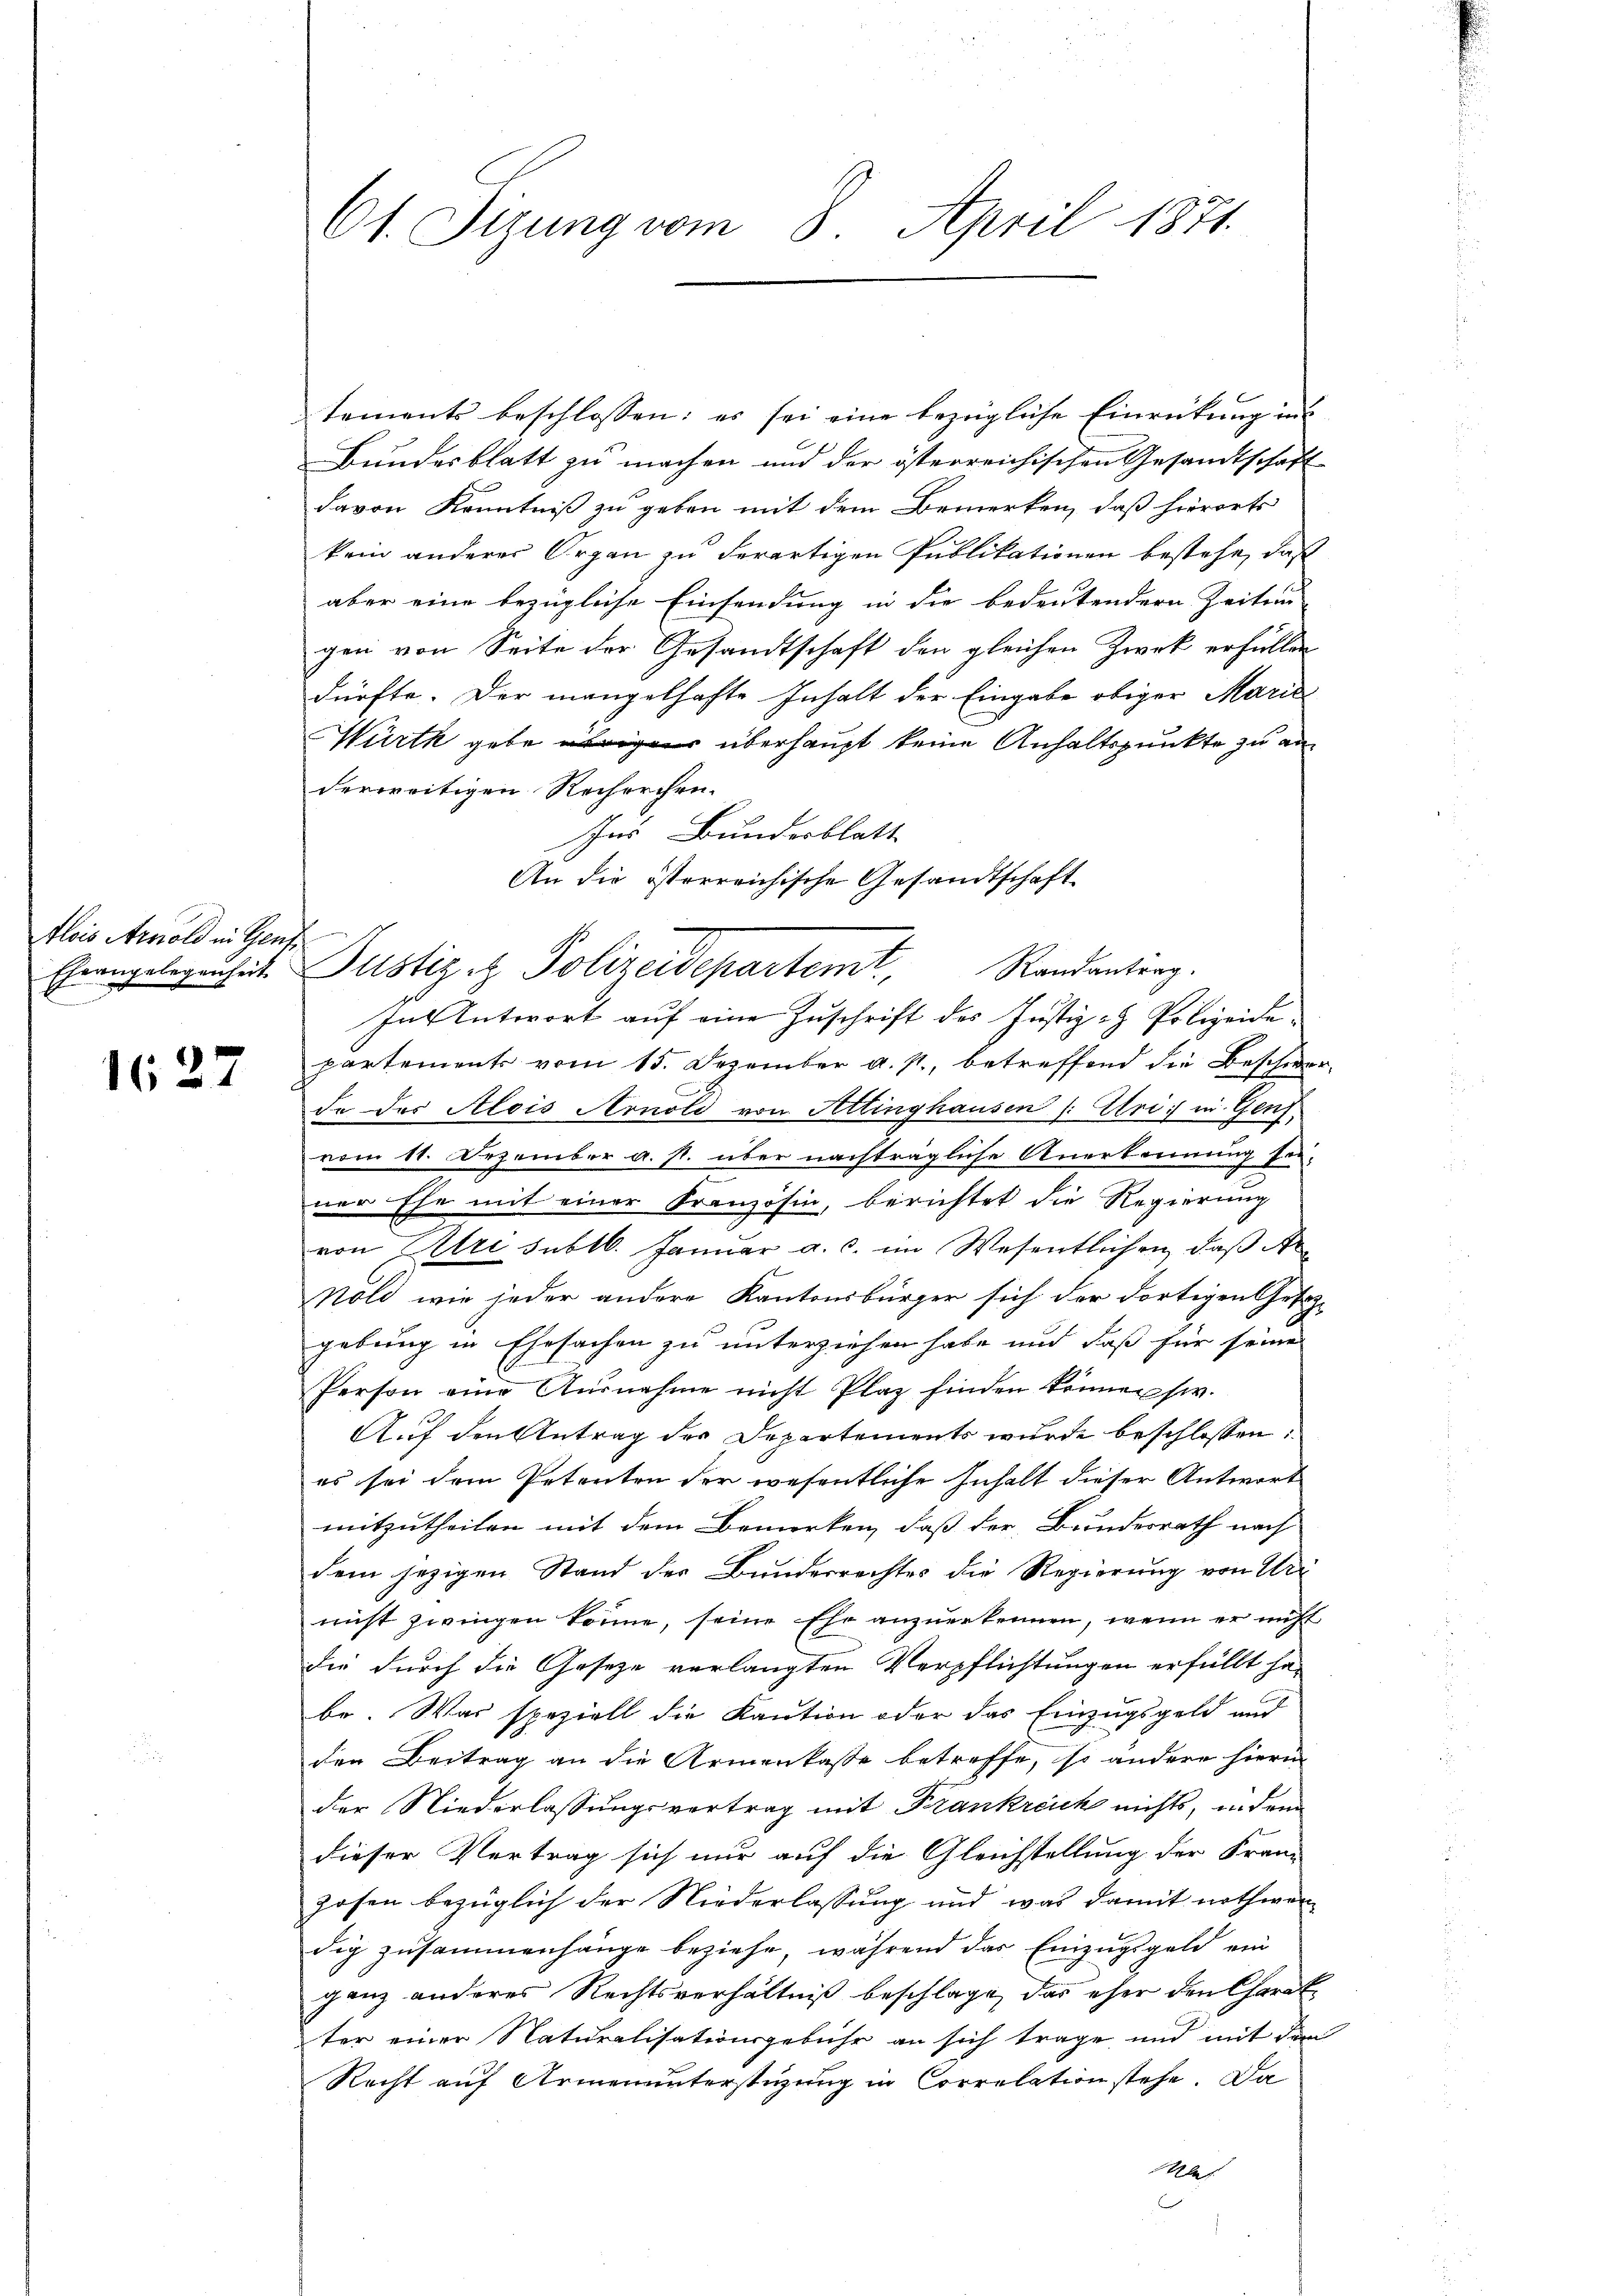
tlois Arnold in Gens¬
Eheangelegenheit.

1627

61. Sizung vom 8. April 1871.

tements beschlossen: es sei eine bezügliche Einrückung ins
Bundesblatt zu machen und der österreichischen Gesandtschaft
davon Kenntniß zu geben mit dem Bemerken, daß hierorts
kein anderer Organ zu derartigen Publikationen bestehe, daß
aber eine bezügliche Einsendung in die bedeutendern Zeiten
gen von Seite der Gesandtschaft den gleichen Zweck erfüllen
dürfte. Der mangelhafte Inhalt der Eingabe obiger Maril
Würth geben überhaupt keine Anhaltspunkte zu an
derweitigen Recherchen.
Ins Bunderblatt
An die österreichische Gesandtschaft
In Antwort auf eine Zuschrift des Justiz- & Polizeide
partements vom 15. Dezember a. p., betreffend die Beschwerde das Alois Arnold von Attinghausen (: Uri in Genf
vom 11. Dezember a. s. über nachträgliche Anerkennung finner Ehe mit einer Französin, berichtet die Regierung
von Uri sublb. Januar a. c. im Wesentlichen, daß Ar¬
Nöld wie jeder andere Kantonsbürger sich der dortigen Gesezgebung in Ehesachen zu unterziehen habe und daß für seine
Person eine Ausnahme nicht Plaz finden können sie.
Auf den Antrag der Departements wurde beschlossen:
es sei dem Petenten der wesentliche Inhalt dieser Antwort
mitzutheilen mit dem Bemerken, daß der Bundesrath nach
dem jezigen Stand der Bundesrechtes die Regierung von Ur
nicht zwingen könne, seine Ehe anzuerkennen, wenn er nicht
die durch die Gesetze verlangten Verpflichtungen erfüllt ha-
be. Was speziell die Kaution oder das Einzugsgeld und
den Beitrag an die Armenkasse betreffe, so andere hierin
der Niederlassungsvertrag mit Frankreich nichts, in dem
dieser Vertrag sich nur auf die Gleichstellung der Franz
zosen bezüglich der Niederlassung und was damit nothwen
dig zusammenhänge beziehe, während das Einzugsgeld ein
ganz anderes Rechtsverhältniß beschlage, das eher den Charak
ter einer Naturalisationsgebühr an sich trage und mit dem
Recht auf Armenunterstüzung in Correlation stehe. Da
Al

Justiz ez Polizeidepartemt,

Randantrag.